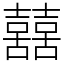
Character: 𡅕